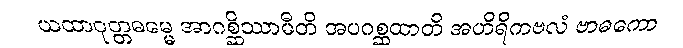
ယထာဝုတ္တဓမ္မေ အာဂစ္ဆိဿာမီတိ အပဂစ္ဆထာတိ အဟိရိကဗလံ ဗာဓကော